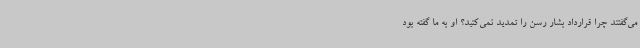
می‌گفتند چرا قرارداد بشار رسن را تمدید نمی‌کنید؟ او به ما گفته بود